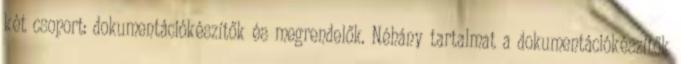
két csoport: dokumentációkészítők és megrendelők. Néhány tartalmat a dokumentációkészítők